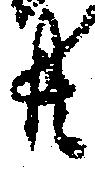
共